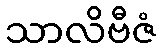
သာလိဗီဇံ